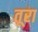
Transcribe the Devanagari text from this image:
तूरा